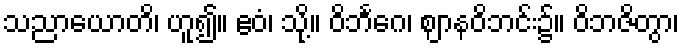
သညာယောတိ၊ ဟူ၍။ ဧဝံ၊ သို့။ ဝိဘင်္ဂေ၊ ဈာနဝိဘင်း၌။ ဝိဘဇိတွာ၊